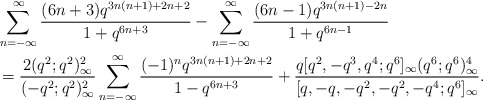
\begin{align*}&\sum_{n=-\infty}^\infty \frac{(6n+3)q^{3n(n+1)+2n+2}}{1+q^{6n+3}}-\sum_{n=-\infty}^\infty \frac{(6n-1)q^{3n(n+1)-2n}}{1+q^{6n-1}}\\&=\frac{2(q^{2};q^{2})^2_\infty}{(-q^{2};q^{2})^2_\infty}\sum_{n=-\infty}^\infty \frac{(-1)^nq^{3n(n+1)+2n+2}}{1-q^{6n+3}}+\frac{q[q^{2},-q^3,q^{4};q^{6}]_\infty(q^{6};q^{6})^4_\infty}{[q,-q,-q^2,-q^{2},-q^4;q^{6}]_\infty}.\end{align*}